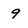
Character: 9